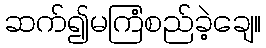
ဆက်၍မကြံစည်ခဲ့ချေ။